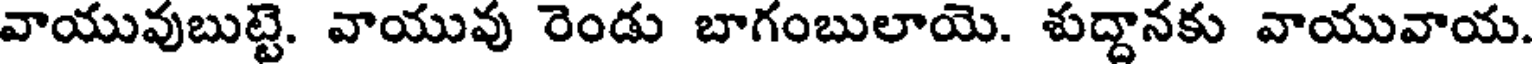
వాయువుబుట్టె. వాయువు రెండు బాగంబులాయె. శుద్దానకు వాయువాయ.